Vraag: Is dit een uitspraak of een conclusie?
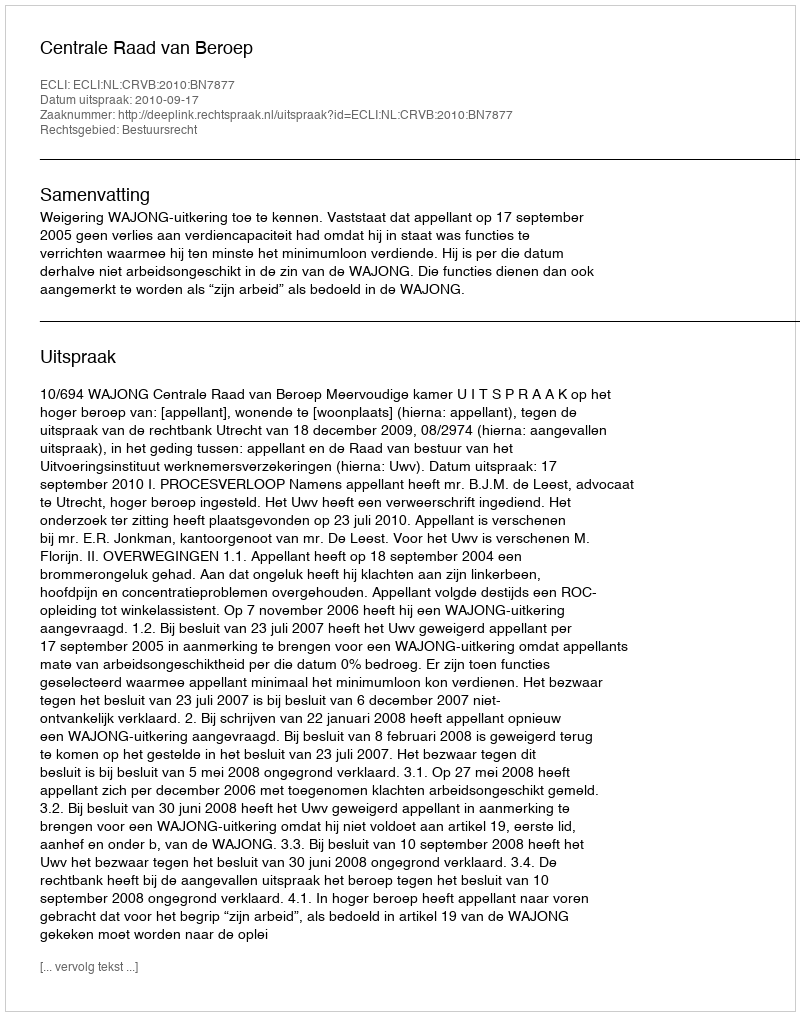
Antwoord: Uitspraak